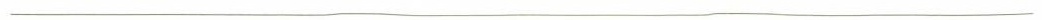
___